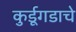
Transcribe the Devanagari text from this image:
कुर्डूगडाचे